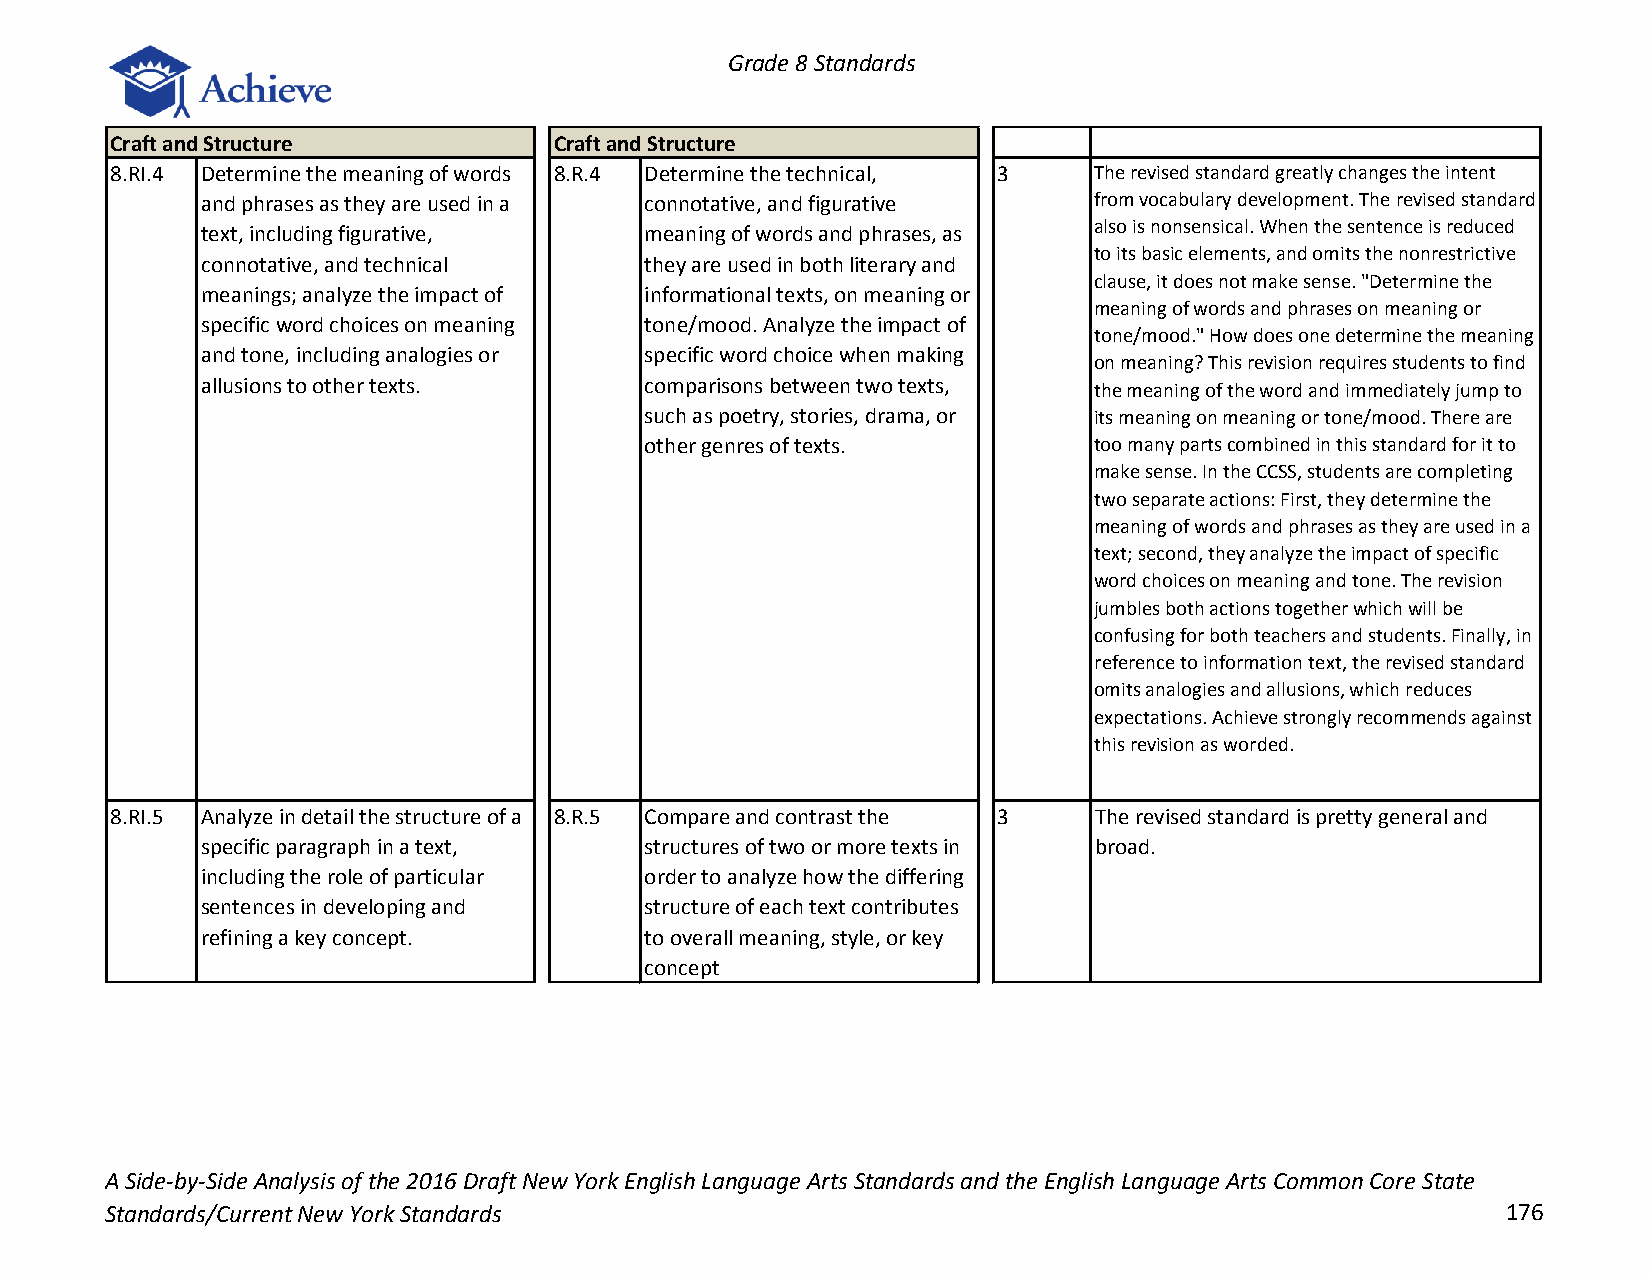
Grade 8 Standards
 Craft and Structure           Craft and Structure
 8.RI.4 Determine the meaning of words 8.R.4 Determine the technical, 3 The revised standard greatly changes the intent
 and phrases as they are used in a connotative, and figurative from vocabulary development. The revised standard
 also is nonsensical. When the sentence is reduced
 text, including figurative,   meaning of words and phrases, as
 to its basic elements, and omits the nonrestrictive
 connotative, and technical    they are used in both literary and
 clause, it does not make sense. "Determine the
 meanings; analyze the impact of informational texts, on meaning or
 meaning of words and phrases on meaning or
 specific word choices on meaning tone/mood. Analyze the impact of
 tone/mood." How does one determine the meaning
 and tone, including analogies or specific word choice when making
 on meaning? This revision requires students to find
 allusions to other texts.     comparisons between two texts, the meaning of the word and immediately jump to
 such as poetry, stories, drama, or its meaning on meaning or tone/mood. There are
 other genres of texts.       too many parts combined in this standard for it to
 make sense. In the CCSS, students are completing
 two separate actions: First, they determine the
 meaning of words and phrases as they are used in a
 text; second, they analyze the impact of specific
 word choices on meaning and tone. The revision
 jumbles both actions together which will be
 confusing for both teachers and students. Finally, in
 reference to information text, the revised standard
 omits analogies and allusions, which reduces
 expectations. Achieve strongly recommends against
 this revision as worded.
 8.RI.5 Analyze in detail the structure of a 8.R.5 Compare and contrast the 3 The revised standard is pretty general and
 specific paragraph in a text, structures of two or more texts in broad.
 including the role of particular order to analyze how the differing
 sentences in developing and   structure of each text contributes
 refining a key concept.       to overall meaning, style, or key
 concept
 A Side-by-Side Analysis of the 2016 Draft New York English Language Arts Standards and the English Language Arts Common Core State
 Standards/Current New York Standards                                                         176